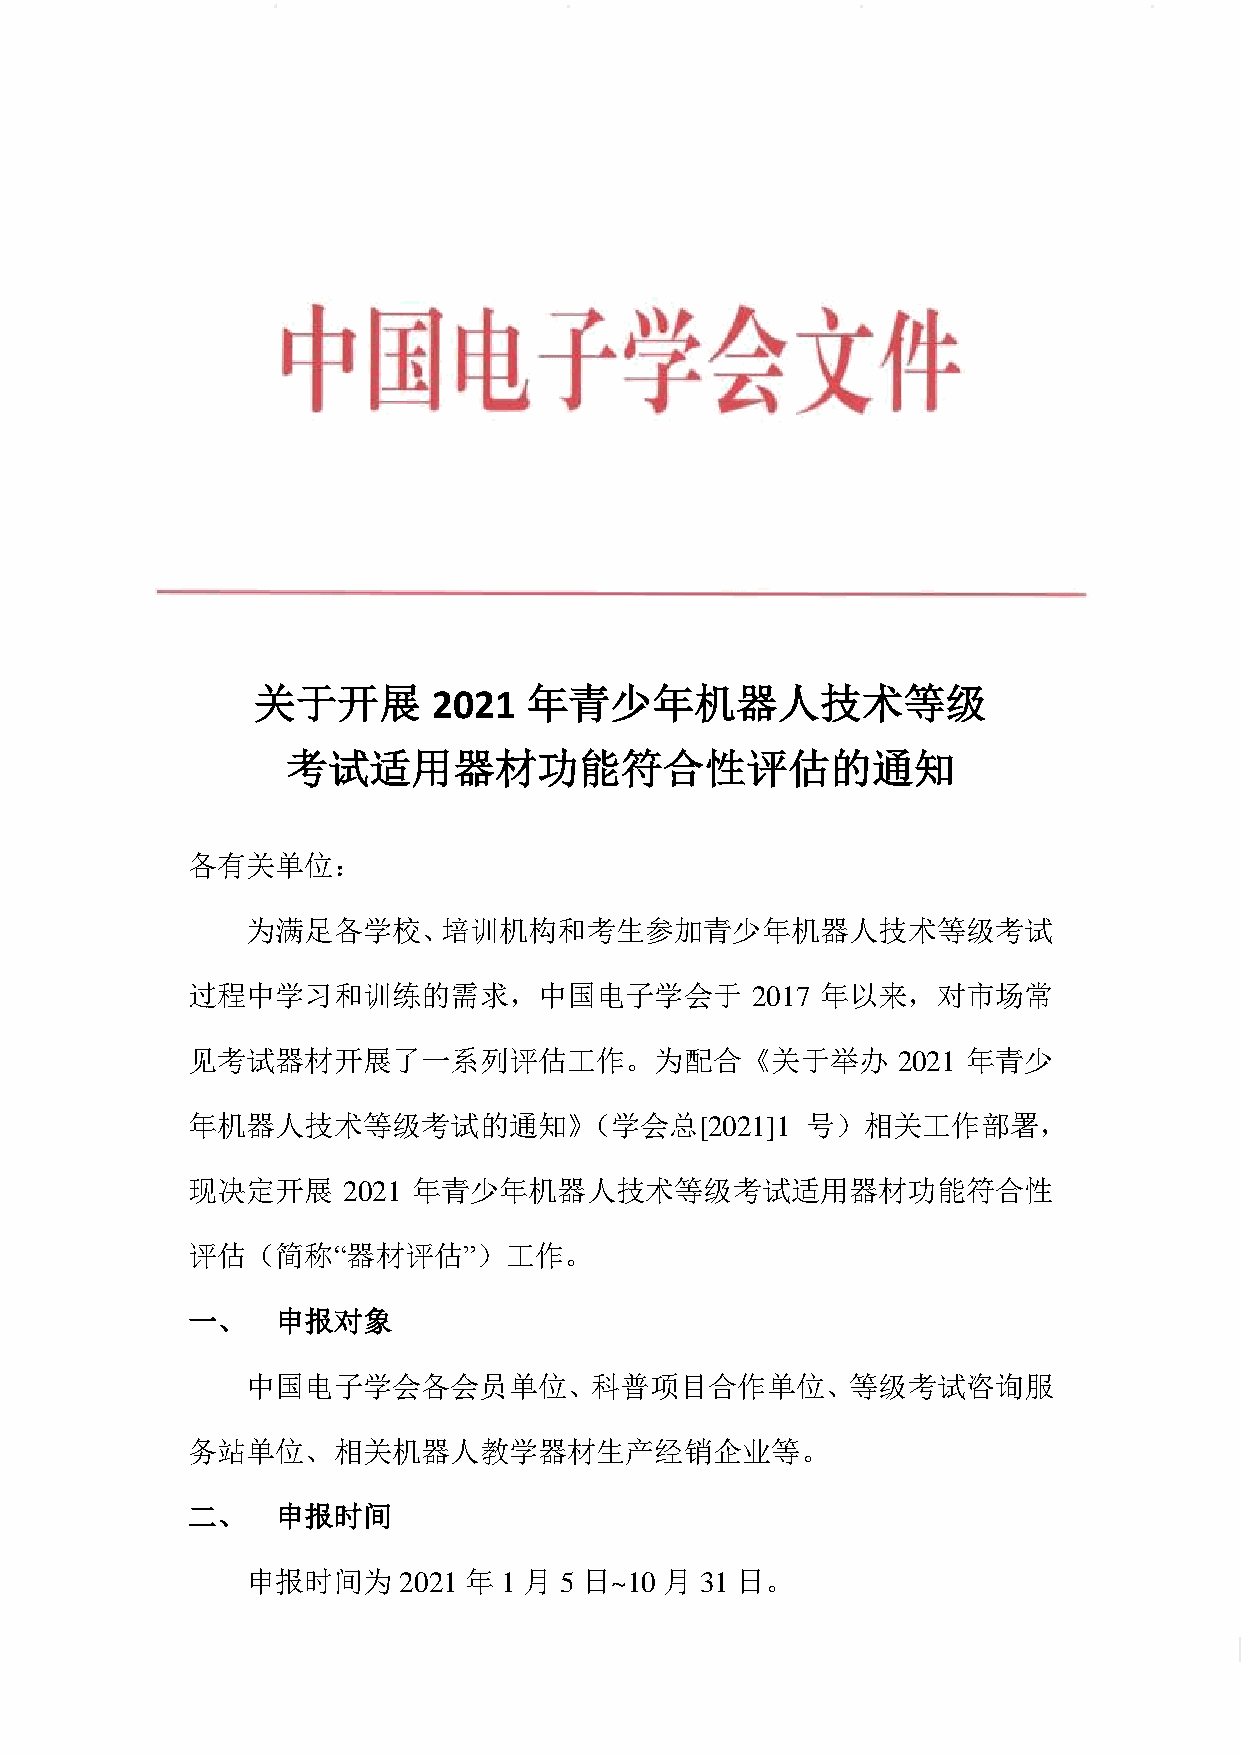
关于开展        2021  年青少年机器人技术等级
 考试适用器材功能符合性评估的通知
 各有关单位：
 为满足各学校、培训机构和考生参加青少年机器人技术等级考试
 过程中学习和训练的需求，中国电子学会于                   2017 年以来，对市场常
 见考试器材开展了一系列评估工作。为配合《关于举办                       2021 年青少
 年机器人技术等级考试的通知》（学会总[2021]1                号）相关工作部署，
 现决定开展      2021 年青少年机器人技术等级考试适用器材功能符合性
 评估（简称“器材评估”）工作。
 一、    申报对象
 中国电子学会各会员单位、科普项目合作单位、等级考试咨询服
 务站单位、相关机器人教学器材生产经销企业等。
 二、    申报时间
 申报时间为     2021 年 1 月 5 日~10 月 31 日。